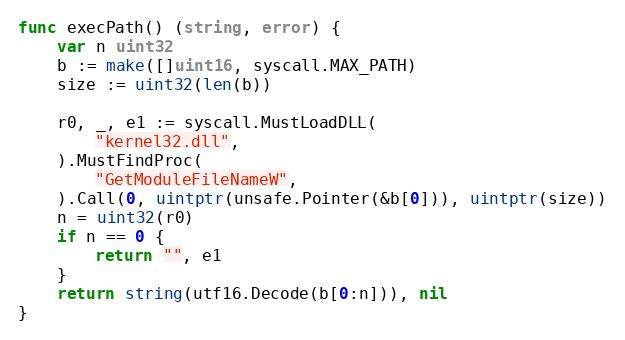
Language: Go
func execPath() (string, error) {
	var n uint32
	b := make([]uint16, syscall.MAX_PATH)
	size := uint32(len(b))

	r0, _, e1 := syscall.MustLoadDLL(
		"kernel32.dll",
	).MustFindProc(
		"GetModuleFileNameW",
	).Call(0, uintptr(unsafe.Pointer(&b[0])), uintptr(size))
	n = uint32(r0)
	if n == 0 {
		return "", e1
	}
	return string(utf16.Decode(b[0:n])), nil
}